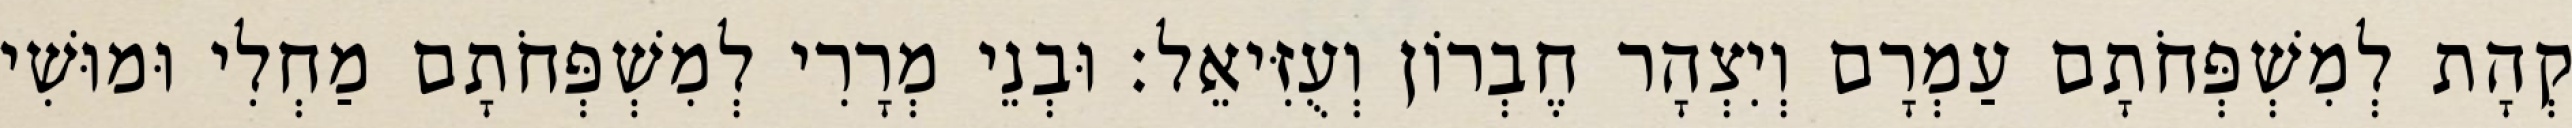
קְהָת לְמִשְׁפְּחֹתָם עַמְרָם וְיִצְהָר חֶבְרוֹן וְעֻזִּיאֵל׃ וּבְנֵי מְרָרִי לְמִשְׁפְּחֹתָם מַחְלִי וּמוּשִׁי